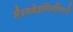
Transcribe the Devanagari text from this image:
भैरवदेहनिलीनपरे